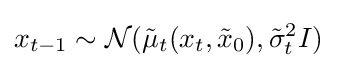
x_{t-1}\sim {\mathcal {N}}({\tilde {\mu }}_{t}(x_{t},{\tilde {x}}_{0}),{\tilde {\sigma }}_{t}^{2}I)